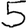
Digit: 5